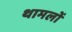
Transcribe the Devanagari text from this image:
थामलों